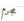
مجرم